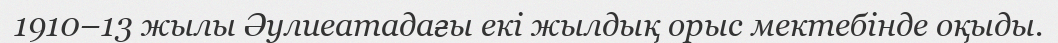
1910–13 жылы Әулиеатадағы екі жылдық орыс мектебінде оқыды.